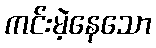
ကင်းမဲ့နေသော